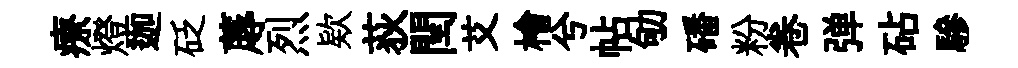
療燈迦砭蓐烈欵荻閏艾檜兮帖劬磻粉卷弹砧驂